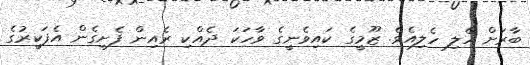
ބާރަށް ހެލި ހެލިއެވެ. ޒޫމީގެ ކައިވެނީގެ ވާހަކަ ދެއްކި ރެއިން ފެށިގެން އެފަކީރުގެ